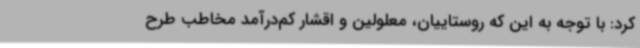
کرد: با توجه به این که روستاییان، معلولین و اقشار کم‌درآمد مخاطب طرح